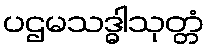
ပဌမသဒ္ဓါသုတ္တံ